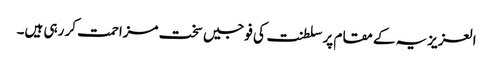
العزیزیہ کے مقام پر سلطنت کی فوجیں سخت مزاحمت کر رہی ہیں۔